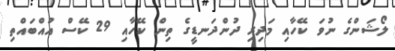
ލޯޝަންގެ ނުވަ ކޭހާއި މަދިރި ދުންދަނޑީގެ ތިން ކޭހާއި 29 ކޭސް އުއްބައްތި